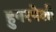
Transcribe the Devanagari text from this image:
हुनरपेशी